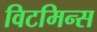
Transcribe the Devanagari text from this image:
विटमिन्स